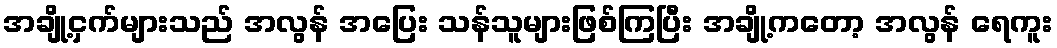
အချို့ငှက်များသည် အလွန် အပြေး သန်သူများဖြစ်ကြပြီး အချို့ကတော့ အလွန် ရေကူး